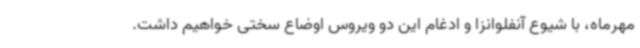
مهرماه، با شیوع آنفلوانزا و ادغام این دو ویروس اوضاع سختی خواهیم داشت.